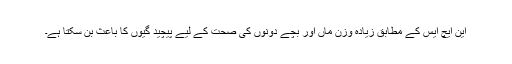
این ایچ ایس کے مطابق زیادہ وزن ماں اور بچے دونوں کی صحت کے لیے پیچید گیوں کا باعث بن سکتا ہے۔